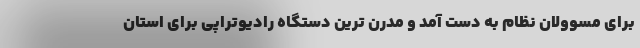
برای مسوولان نظام به دست آمد و مدرن ترین دستگاه رادیوتراپی برای استان